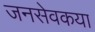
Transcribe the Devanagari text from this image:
जनसेवकया